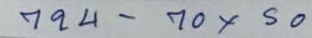
794 - 70x50